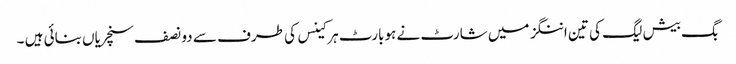
بگ بیش لیگ کی تین اننگز میں شارٹ نے ہوبارٹ ہرکینس کی طرف سے دو نصف سنچریاں بنائی ہیں ۔